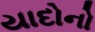
યાદોનો